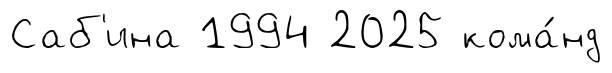
Саб'ина 1994 2025 кома́нд